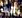
انت